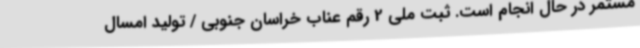
مستمر در حال انجام است. ثبت ملی 2 رقم عناب خراسان جنوبی / تولید امسال